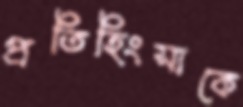
প্রতিহিংসাকে